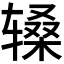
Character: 𬨑